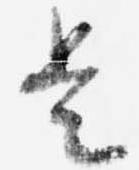
是